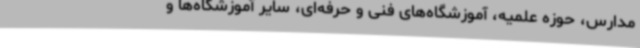
مدارس، حوزه علمیه، آموزشگاه‌های فنی و حرفه‌ای، سایر آموزشگاه‌ها و